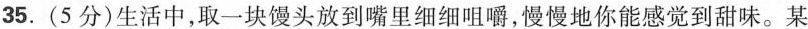
35.(5分)生活中，取一块馒头放到嘴里细细咀嚼，慢慢地你能感觉到甜味。某